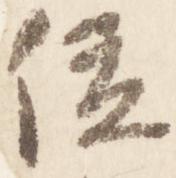
位